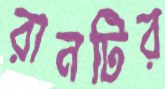
রানটির